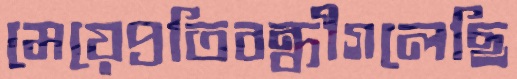
মেয়েপ্রতিবন্ধীগলেছি